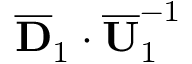
\overline { { \mathbf { D } } } _ { 1 } \cdot \overline { { \mathbf { U } } } _ { 1 } ^ { - 1 }